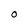
Character: O